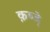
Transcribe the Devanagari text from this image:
क़ब्जे़